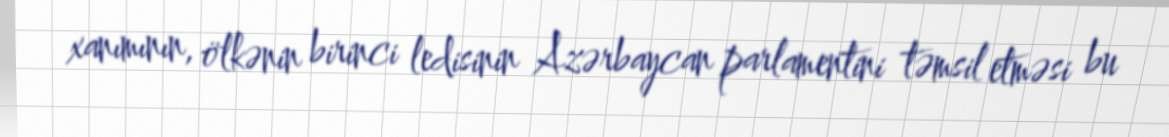
xanımının, ölkənin birinci ledisinin Azərbaycan parlamentini təmsil etməsi bu